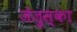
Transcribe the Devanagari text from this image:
जेज़ुस्का